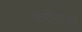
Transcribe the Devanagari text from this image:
वर्णनाला